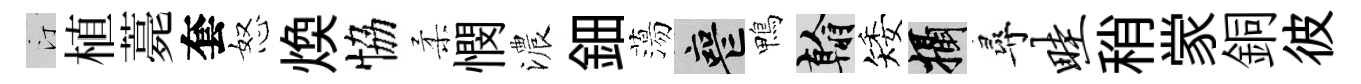
汀植薧套怒煥恊柔憫濃鈿蕩喪鴨翰矮攝尋畦稍䝉銅彼